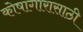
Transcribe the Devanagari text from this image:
कोषागारासाठी